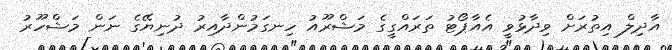
އާދިލް އިތުރަށް ވިދާޅުވީ އެއާޕޯޓު ތަރައްގީގެ މަޝްރޫއު ހިނގަމުންދާއިރު ދުނިޔޭގެ ނަން މަޝްހޫރު